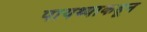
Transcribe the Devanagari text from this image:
पायथ्याकडून